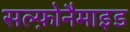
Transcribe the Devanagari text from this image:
सल्फ़ोनैमाइड